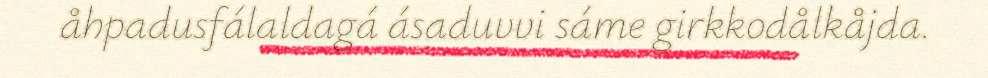
åhpadusfálaldagá ásaduvvi sáme girkkodålkåjda.